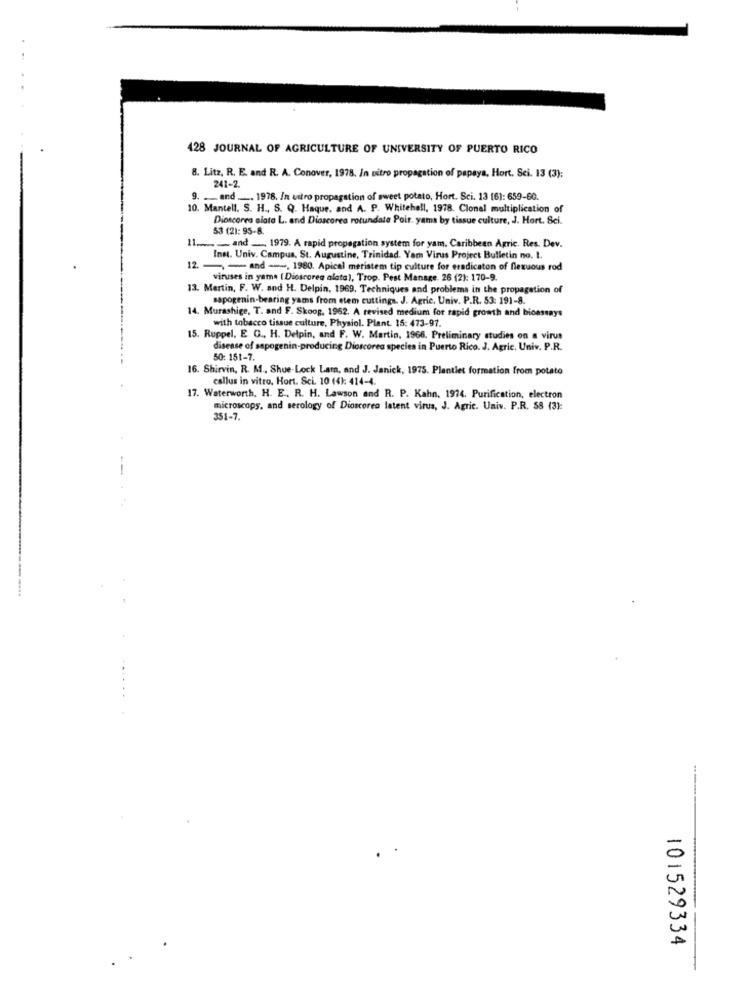
428 JOURNAL OF AGRICULTURE OF UNIVERSITY OF PUERTO RICO
8. Litz, R. E. and R. A. Conover, 1978. In vitro propagation of papaya, Hort. Sei. 13 (3):
241-2.
9. ... and ..... 1978. In vitro propagation of sweet potato, Hort. Sci. 13 (6): 659-60.
10. Mantell. S. H ., S. Q. Haque, and A. P. Whitehall, 1978. Clonal multiplication of
Dioscorea alato L. and Dioscorea rotundate Poir. yama by tissue culture, J. Hort. Sci.
53 (2): 95-8.
11 ........ and _. 1979. A rapid propagation system for yam. Caribbean Agric. Res. Dev.
Inst. Univ. Campus, St. Augustine, Trinidad. Yar Virus Project Bulletin no. I.
12. -, - and --, 1980. Apical meristem tip culture for eradicaton of flexuous rod
viruses in yama ( Dioscorea alata), Trop. Pest Manage. 26 (2): 170-9.
13. Martin, F. W. and H. Delpin, 1969, Techniques and problems in the propagation of
sapogenin-bearing yams from etem cuttings. J. Agric. Univ. P.R. 53: 191-8.
14. Murashige, T. and F. Skoog, 1962. A revised medium for rapid growth and bioassays
with tobacco tissue culture, Physiol. Plant. 15: 473-97.
15. Ruppel. E. G ., H. Delpin, and F. W. Martin, 1966. Preliminary studies on a virus
disease of sapogenin-producing Dioscorea species in Puerto Rico. J. Agric. Univ. P.R.
50: 151-7.
16. Shirvin, R. M ., Shue-Lock Lam, and J. Janick, 1975. Plantlet formation from potato
callus in vitro. Hort. Sci. 10 (4): 414-4.
17. Waterworth, H. E ., R. H. Lawson and R. P. Kahn, 1974. Purification, electron
microscopy, and serology of Dioscorea latent virus, J. Agric. Univ. P.R. 58 (3):
351-7.
101529334